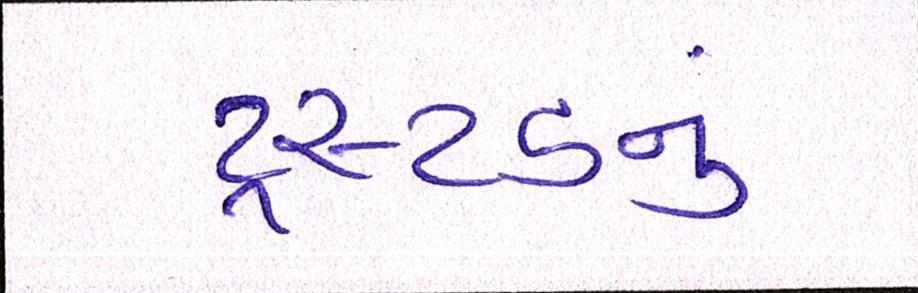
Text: ટ્રસ્ટડનું